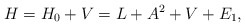
\begin{align*}H = H_0 + V = L + A^2 + V + E_1,\end{align*}